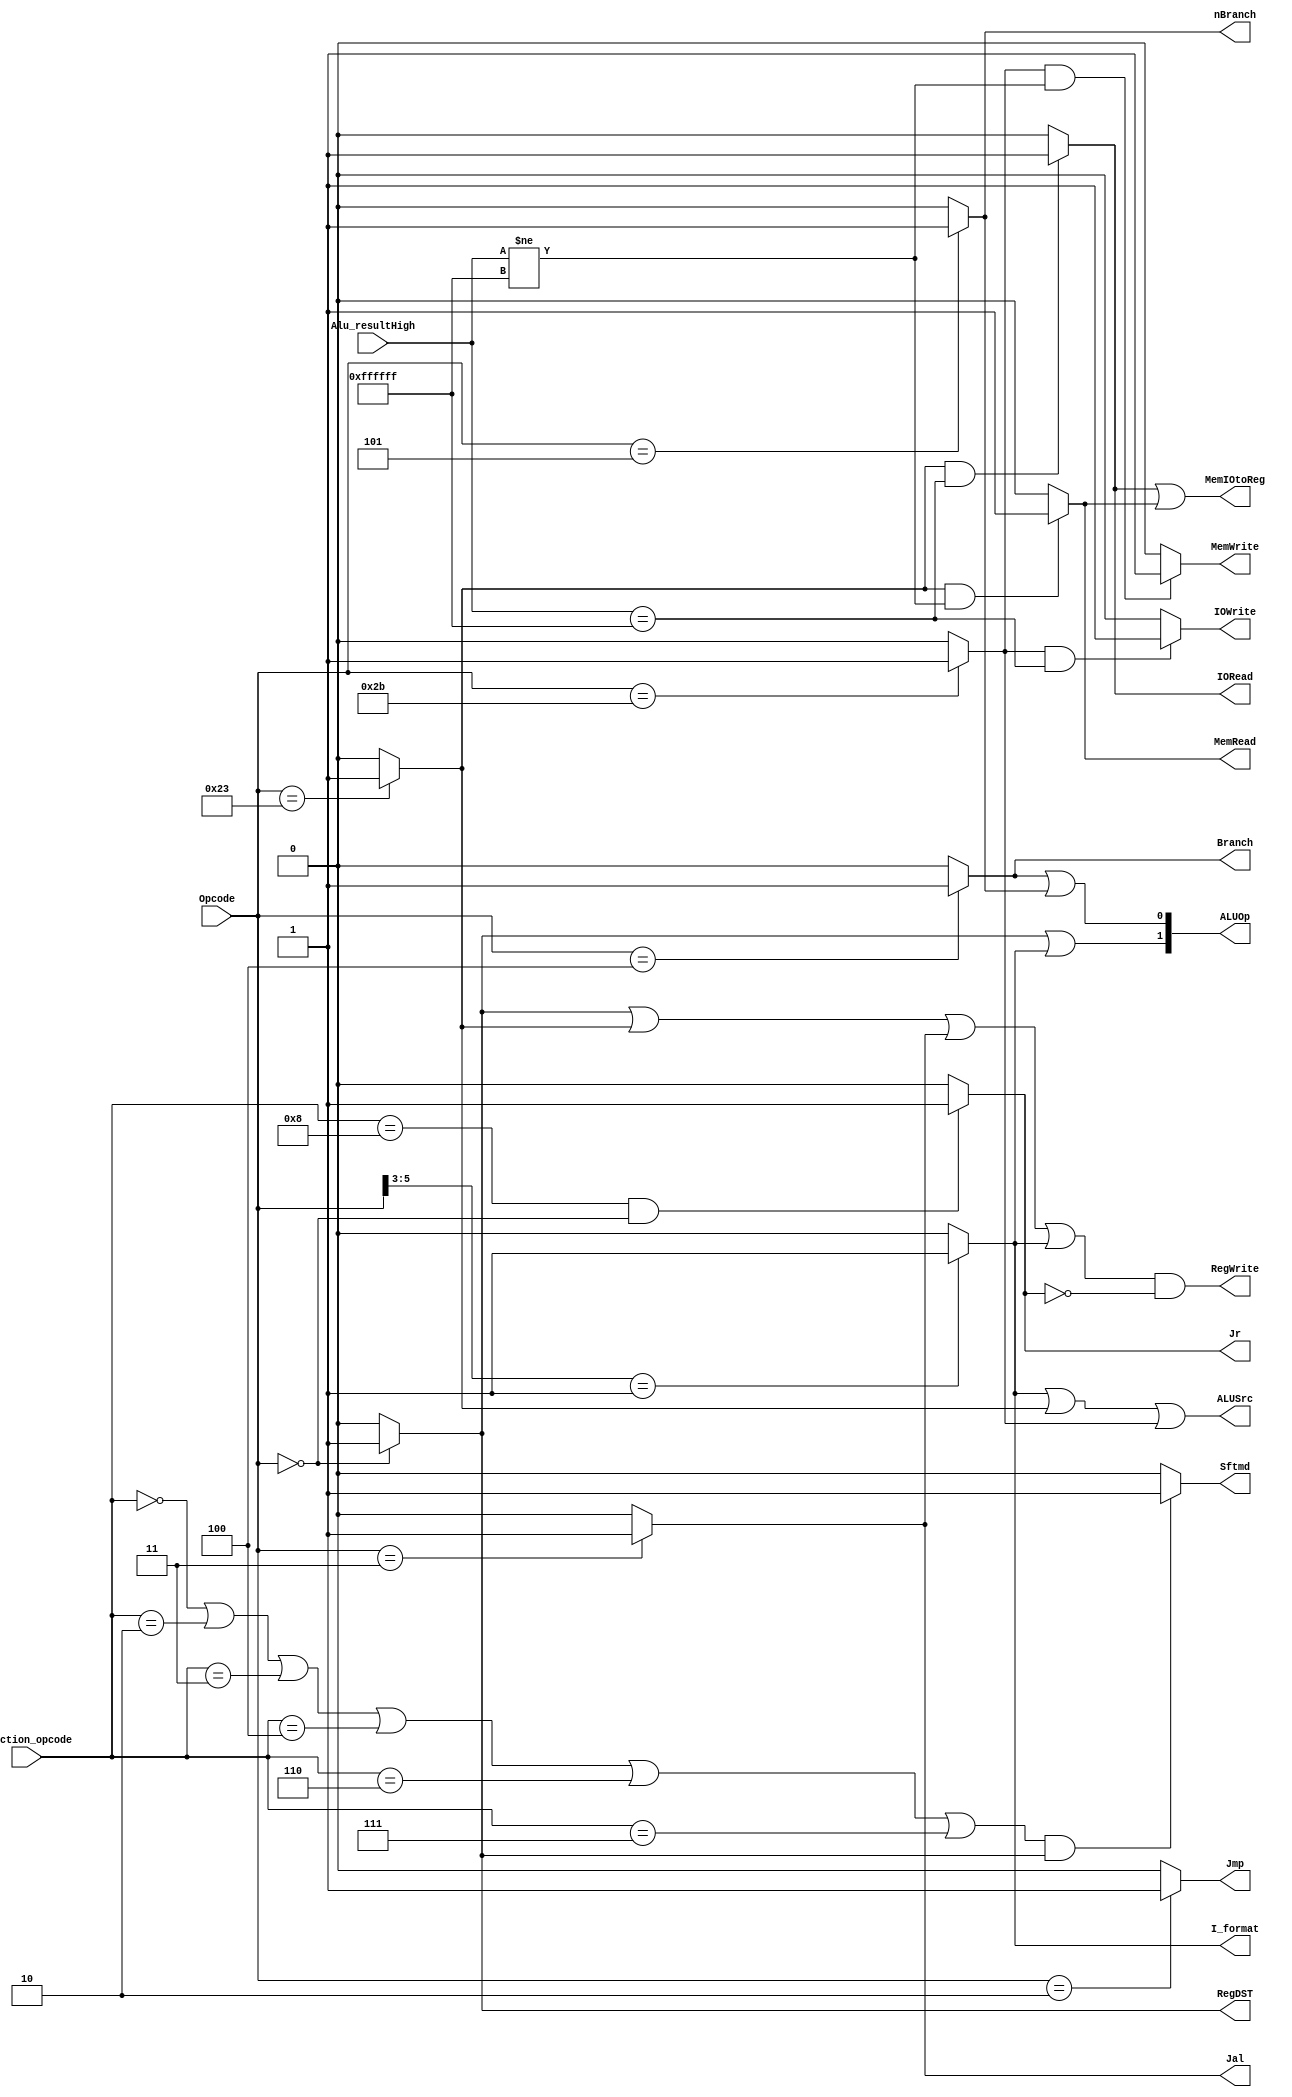
`timescale 1ns / 1ps
/*
    Opcode? 6 ? MIPS ?
    Function_opcode? 6 ? MIPS ?
    Jr? jr ?
    Jmp? j ?
    Jal? jal ?
    Branch? beq ?
    nBranch? bne ?
    RegDST R ? RegDST ? 1 0?
    MemtoReg? lw  MemtoReg ? 1 0?
    RegWrite? R ?lw jal  RegWrite ? 1 0? jr  RegWrite ? 0?
    MemWrite sw  MemWrite ? 1 0?
    ALUSrc ALU lw ? sw  ALUSrc ? 1 0?
    I_format? I-? beqbnelwsw ??
    Sftmd? shift ?
    ALUOp? 2 ? ALU ??
    R_format? R ??
    Lw? lw ?
    Sw? sw ?
*/
module control32(Alu_resultHigh, Opcode, Function_opcode, Jr, RegDST, ALUSrc, RegWrite, MemWrite, Branch, nBranch, Jmp, Jal, I_format, Sftmd, ALUOp, MemRead,IOWrite, IORead, MemIOtoReg);
    input[23:0]  Alu_resultHigh;
    input[5:0]   Opcode;            // instruction[31..26] - the high 6 bits of the instruction from the IFetch module
    input[5:0]   Function_opcode;  	// instructions[5..0] - the low 6 bits of the instruction from the IFetch module, used to distinguish instructions in r-type
    output       Jr;         	 // 1 if the current instruction is jr, 0 otherwise
    output       RegDST;          // 1 if the destination register is rd, 0 if the destination register is rt
    output       ALUSrc;          // 1 if the second operand (Binput in ALU) is an immediate value (except for beq, bne), otherwise the second operand comes from the register
     // 1 if data written to register is read from memory or I/O, 0 if data written to register is the output of ALU module
    output       RegWrite;   	  // 1 if the instruction needs to write to register, 0 otherwise
    //output       Memwrite;       //  1 if the instruction needs to write to memory, 0 otherwise
    output       Branch;        //  1 if the current instruction is beq, 0 otherwise
    output       nBranch;       //  1 if the current instruction is bne, 0 otherwise
    output       Jmp;            //  1 if the current instruction is j, 0 otherwise
    output       Jal;            //  1 if the current instruction is jal, 0 otherwise
    output       I_format;      //  1 if the instruction is I-type except for beq, bne, lw and sw; 0 otherwise
    output       Sftmd;         //  1 if the instruction is a shift instruction, 0 otherwise
    output[1:0]  ALUOp;        // if the instruction is R-type or I_format, ALUOp's higher bit is 1, 0 otherwise; if the instruction is beq? or bne?, ALUOp's lower bit is 1, 0 otherwise

    output MemWrite;
    output MemRead;
    output IOWrite;
    output IORead;
    output MemIOtoReg; 
    
    // ? R-type ? I_format = 1, ALUOp = 2'b10;
    // ? beq ? bne, ALUOp = 2'b01;
    // ? lw ? sw, ALUOP = 2'b00;

    // ? R ?
    wire R_format; 
    assign R_format = (Opcode==6'b000000)? 1'b1:1'b0;

    // ? lw 
    wire Lw; 
    assign Lw = (Opcode==6'b100011)? 1'b1:1'b0;
    wire Sw;
    assign Sw = (Opcode==6'b101011) ? 1'b1:1'b0;

    // ? I-beqbnelwsw? ?
    assign I_format = (Opcode[5:3]==3'b001)? 1'b1:1'b0;

    // 
    assign Jr       = ((Function_opcode==6'b001000) && (Opcode==6'b000000)) ? 1'b1:1'b0;
    assign Jmp      = (Opcode==6'b000010) ? 1'b1:1'b0;
    assign Jal      = (Opcode==6'b000011) ? 1'b1:1'b0;
    assign Branch   = (Opcode==6'b000100) ? 1'b1:1'b0;
    assign nBranch  = (Opcode==6'b000101) ? 1'b1:1'b0;

    // 
    assign RegDST = R_format;
    assign MemtoReg = Lw; // lw
    assign RegWrite = (R_format || Lw || Jal || I_format) && !(Jr);
    
    
    assign ALUSrc = I_format || Lw || Sw;
    assign Sftmd = (((Function_opcode==6'b000000)||(Function_opcode==6'b000010)||(Function_opcode==6'b000011)||(Function_opcode==6'b000100)||(Function_opcode==6'b000110)||(Function_opcode==6'b000111))&& R_format)? 1'b1:1'b0;

    assign ALUOp = {(R_format || I_format),(Branch || nBranch)};
    
    assign MemWrite = ((Sw==1'b1) && (Alu_resultHigh != 24'hFFFFFF)) ? 1'b1 : 1'b0; 
    assign MemRead = ((Lw==1'b1) && (Alu_resultHigh != 24'hFFFFFF)) ? 1'b1 : 1'b0;
    
    assign IOWrite = ((Sw==1'b1)&&(Alu_resultHigh == 24'hFFFFFF)) ?1'b1 : 1'b0;
    assign IORead = ((Lw==1'b1) && (Alu_resultHigh == 24'hFFFFFF)) ? 1'b1 : 1'b0;

    assign MemIOtoReg = IORead || MemRead; 

endmodule